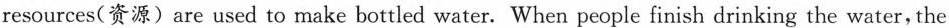
resources(资源)are used to make bottled water. When people finish drinking the water, the